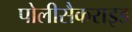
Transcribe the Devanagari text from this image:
पोलीसैकराइड